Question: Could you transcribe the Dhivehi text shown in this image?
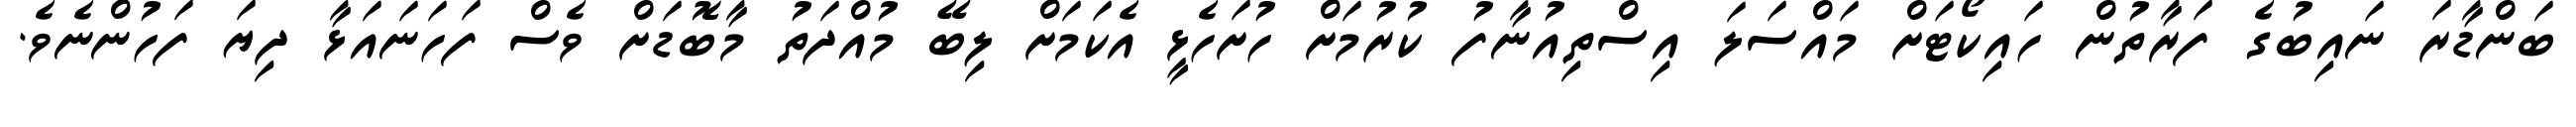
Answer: ބަންޑާރަ ނައިބުގެ ފަރާތުން ހައިކޯޓަށް މައްސަލަ އިސްތިއުނާފު ކުރުމަށް ހުށަހެޅީ އެކަމަށް ލިބޭ މުއްދަތު މާބޮޑަށް ވެސް ފަހަނައަޅާ ދިޔަ ފަހުންނެވެ.